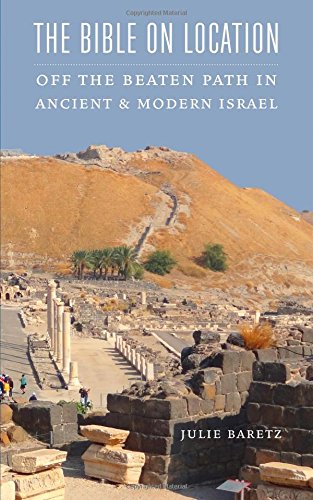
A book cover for The Bible on Location: Off the Beaten Path in Ancient and Modern Israel; Julie Baretz; Travel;